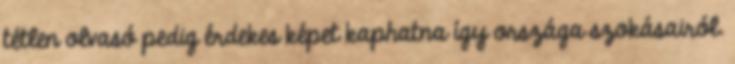
tétlen olvasó pedig érdekes képet kaphatna így országa szokásairól.